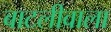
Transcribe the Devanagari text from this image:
बाटलीवाला